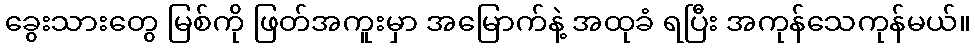
ခွေးသားတွေ မြစ်ကို ဖြတ်အကူးမှာ အမြောက်နဲ့ အထုခံ ရပြီး အကုန်သေကုန်မယ်။